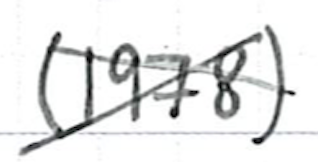
Text: (1978)
Cross-out: cross
Writing tool: ballpoint